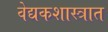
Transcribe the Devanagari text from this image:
वेद्यकशास्त्रात